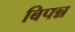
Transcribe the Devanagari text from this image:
बिपन्न